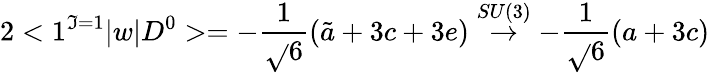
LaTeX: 2<1^{\mathfrak{I}=1}|w|D^{0}>=-\frac{{1}}{{\sqrt{}{{6}}}}(\tilde{{a}}+3c+3e)\stackrel{SU(3)}{\rightarrow}-\frac{{1}}{{\sqrt{}{{6}}}}(a+3c)